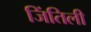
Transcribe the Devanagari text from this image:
जिंतिली